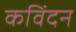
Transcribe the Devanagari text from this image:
कविंदन